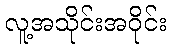
လူ့အသိုင်းအဝိုင်း